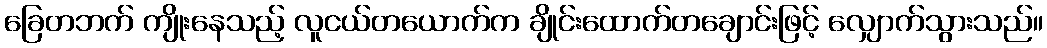
ခြေတဘက် ကျိုးနေသည့် လူငယ်တယောက်က ချိုင်းထောက်တချောင်းဖြင့် လျှောက်သွားသည်။